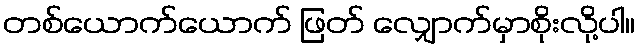
တစ်ယောက်ယောက် ဖြတ် လျှောက်မှာစိုးလို့ပါ။